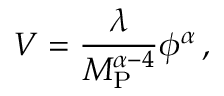
V = \frac { \lambda } { M _ { \mathrm { P } } ^ { \alpha - 4 } } \phi ^ { \alpha } \, ,